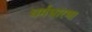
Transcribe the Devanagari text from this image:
धर्मधारणा